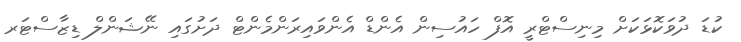
ކުޑަ ދުވަކޮޅަކަށް މިނިސްޓްރީ އޮފް ހައުސިން އެންޑް އެންވައިރަންމެންޓް ދަށުގައި ނޭޝަންލް ޑިޒާސްޓަރ